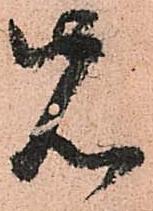
先